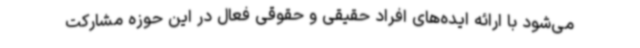
می‌شود با ارائه ایده‌های افراد حقیقی و حقوقی فعال در این حوزه مشارکت